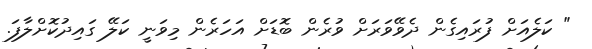
" ކަލެއަށް ފުރައިގެން ދެވޭވަރަށް ވުރެން ބޮޑަށް އަހަރެން މިވަނީ ކަލޭ ގައިދުކޮށްލާފަ.